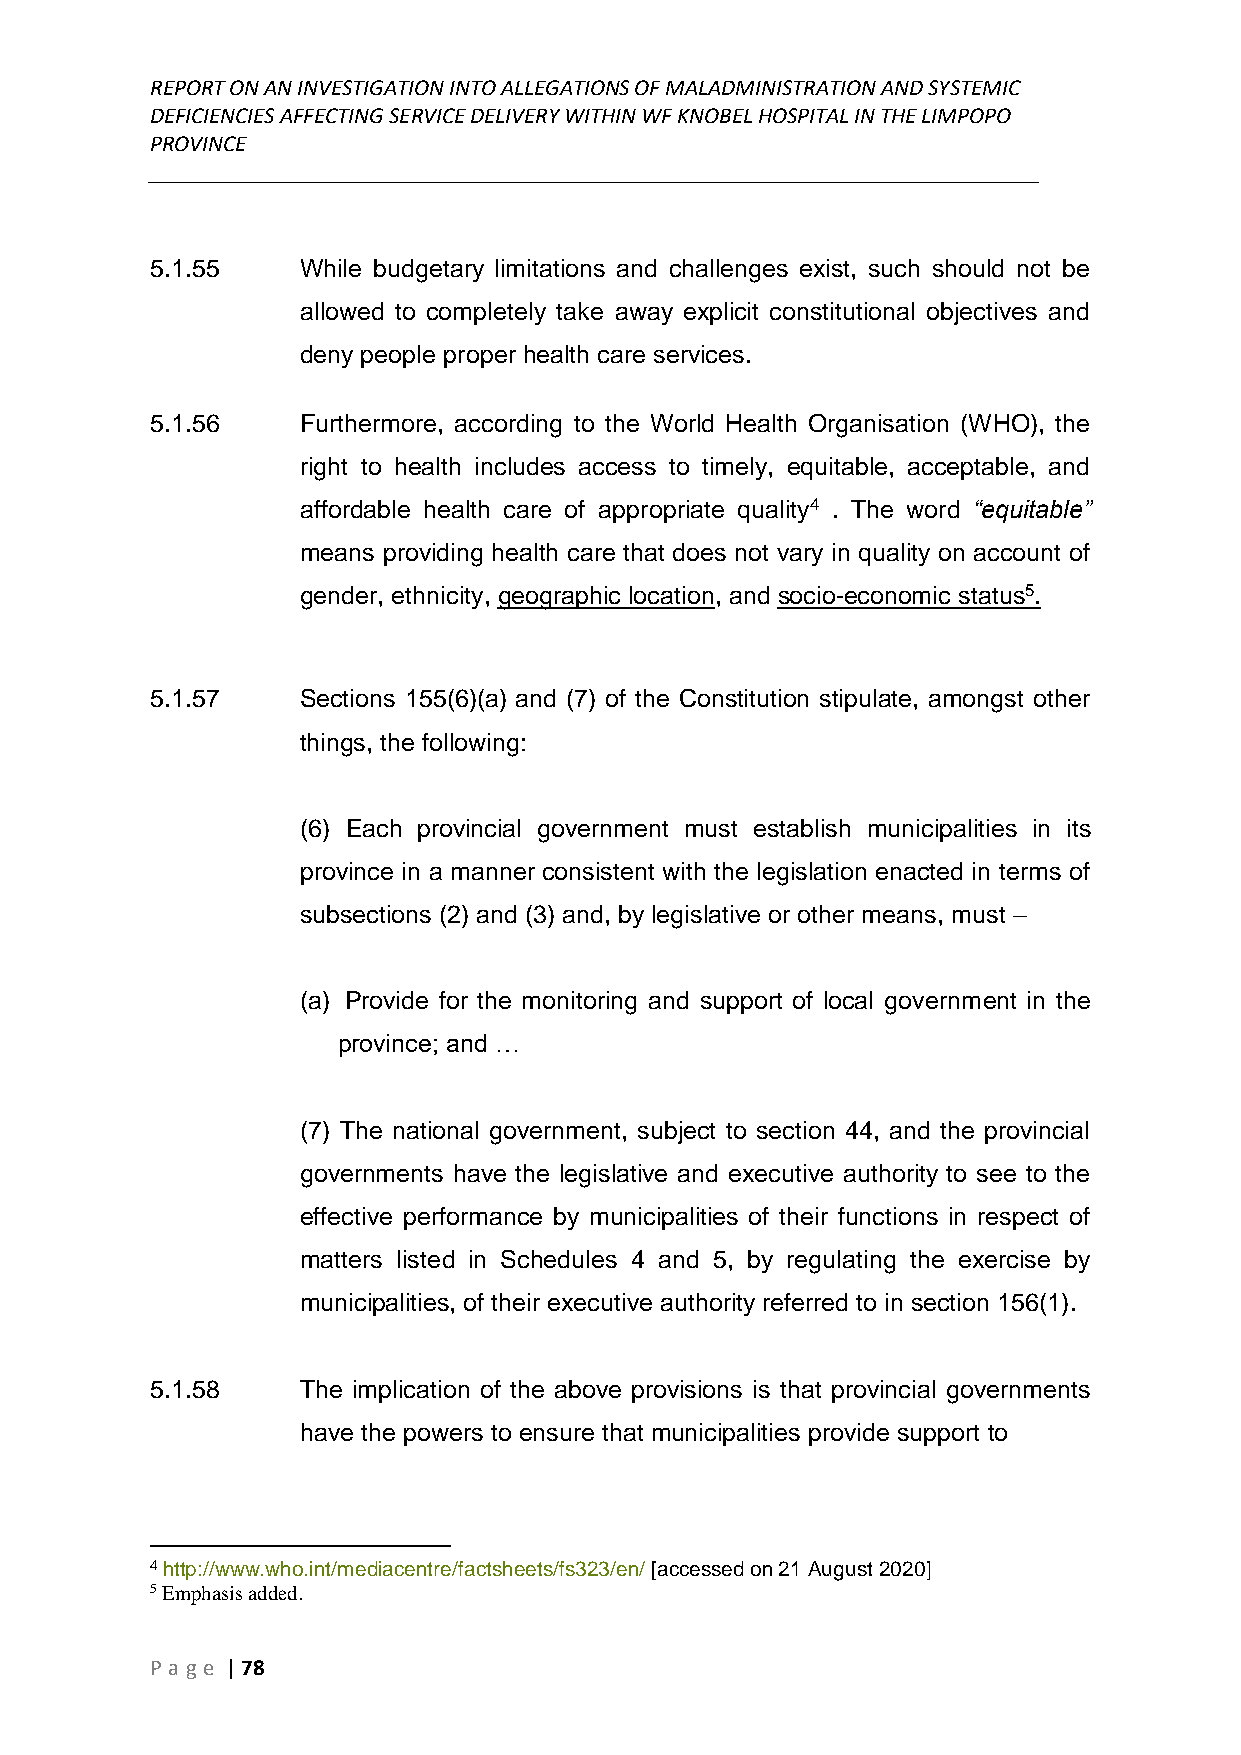
REPORT ON AN INVESTIGATION INTO ALLEGATIONS OF MALADMINISTRATION AND SYSTEMIC
 DEFICIENCIES AFFECTING SERVICE DELIVERY WITHIN WF KNOBEL HOSPITAL IN THE LIMPOPO
 PROVINCE
 ______________________________________________________________________________
 5.1.55    While budgetary limitations and challenges exist, such should not be
 allowed to completely take away explicit constitutional objectives and
 deny people proper health care services.
 5.1.56    Furthermore, according to the World Health Organisation (WHO), the
 right to health includes access to timely, equitable, acceptable, and
 affordable health care of appropriate quality4 . The word “equitable”
 means providing health care that does not vary in quality on account of
 gender, ethnicity, geographic location, and socio-economic status5.
 5.1.57    Sections 155(6)(a) and (7) of the Constitution stipulate, amongst other
 things, the following:
 (6) Each provincial government must establish municipalities in its
 province in a manner consistent with the legislation enacted in terms of
 subsections (2) and (3) and, by legislative or other means, must –
 (a) Provide for the monitoring and support of local government in the
 province; and …
 (7) The national government, subject to section 44, and the provincial
 governments have the legislative and executive authority to see to the
 effective performance by municipalities of their functions in respect of
 matters listed in Schedules 4 and 5, by regulating the exercise by
 municipalities, of their executive authority referred to in section 156(1).
 5.1.58    The implication of the above provisions is that provincial governments
 have the powers to ensure that municipalities provide support to
 4 http://www.who.int/mediacentre/factsheets/fs323/en/ [accessed on 21 August 2020]
 5 Emphasis added.
 P age | 78